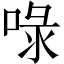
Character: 㖨